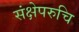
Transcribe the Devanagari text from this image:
संक्षेपरुचि